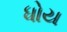
ધોય